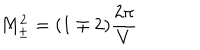
LaTeX: M _ { \pm } ^ { 2 } = ( 1 \mp 2 ) \frac { 2 \pi } { V }